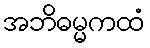
အဘိဓမ္မကထံ